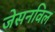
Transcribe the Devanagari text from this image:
जेसनविल